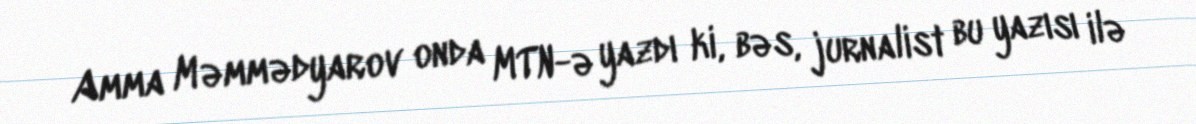
Amma Məmmədyarov onda MTN-ə yazdı ki, bəs, jurnalist bu yazısı ilə